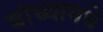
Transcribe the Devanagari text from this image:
बांध्यामधे